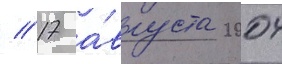
// 17 а́вгуста 2004